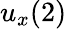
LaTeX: u_{x}(2)